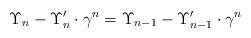
LaTeX: \begin{align*}\Upsilon_n - \Upsilon_n' \cdot \gamma^n = \Upsilon_{n-1} - \Upsilon_{n-1}' \cdot \gamma^n\end{align*}